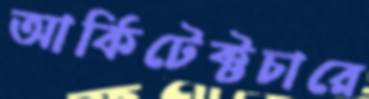
আর্কিটেক্টচারে